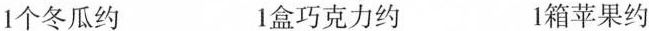
1个冬瓜约 1盒巧克力约 1箱苹果约